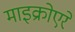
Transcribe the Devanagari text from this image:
माइक्रोएरे